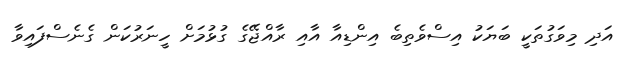
އަދި މިވަގުތަކީ ބަޔަކު އިސްވެތިބެ އިންޑިއާ އާއި ރާއްޖޭގެ ގުޅުމަށް ހީނަރުކަން ގެނެސްފައިވާ